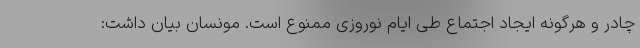
چادر و هرگونه ایجاد اجتماع طی ایام نوروزی ممنوع است. مونسان بیان داشت: